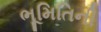
ભૂમિતિની